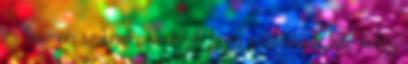
és finoman szabadkozva közli, hogy a fölöttünk lakó hölgy